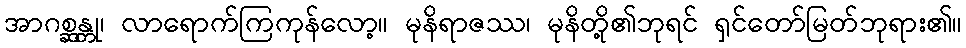
အာဂစ္ဆန္တု၊ လာရောက်ကြကုန်လော့။ မုနိရာဇဿ၊ မုနိတို့၏ဘုရင် ရှင်တော်မြတ်ဘုရား၏။